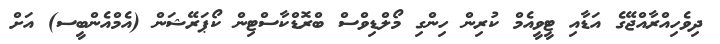
ދިވެހިއްރާއްޖޭގެ އަޑާއި ޓީވީއެމް ކުރިން ހިންގި މޯލްޑިވްސް ބްރޮޑްކާސްޓިން ކޯޕަރޭޝަން (އެމްއެންބީސ) އަށް